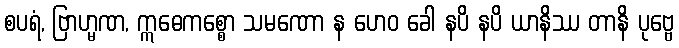
စပရံ, ဗြာဟ္မဏ, ဣဓေကစ္စော သမဏော န ဟေဝ ခေါ နပိ နပိ ယာနိဿ တာနိ ပုဗ္ဗေ